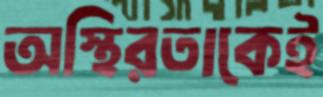
অস্থিরতাকেই